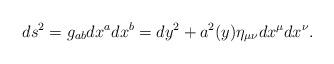
LaTeX: \begin{align*}ds^2=g_{ab}dx^a dx^b=dy^2 + a^2(y)\eta_{\mu\nu}dx^\mu dx^\nu.\end{align*}